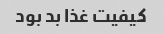
کیفیت غذا بد بود